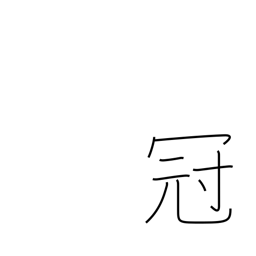
Meaning: best